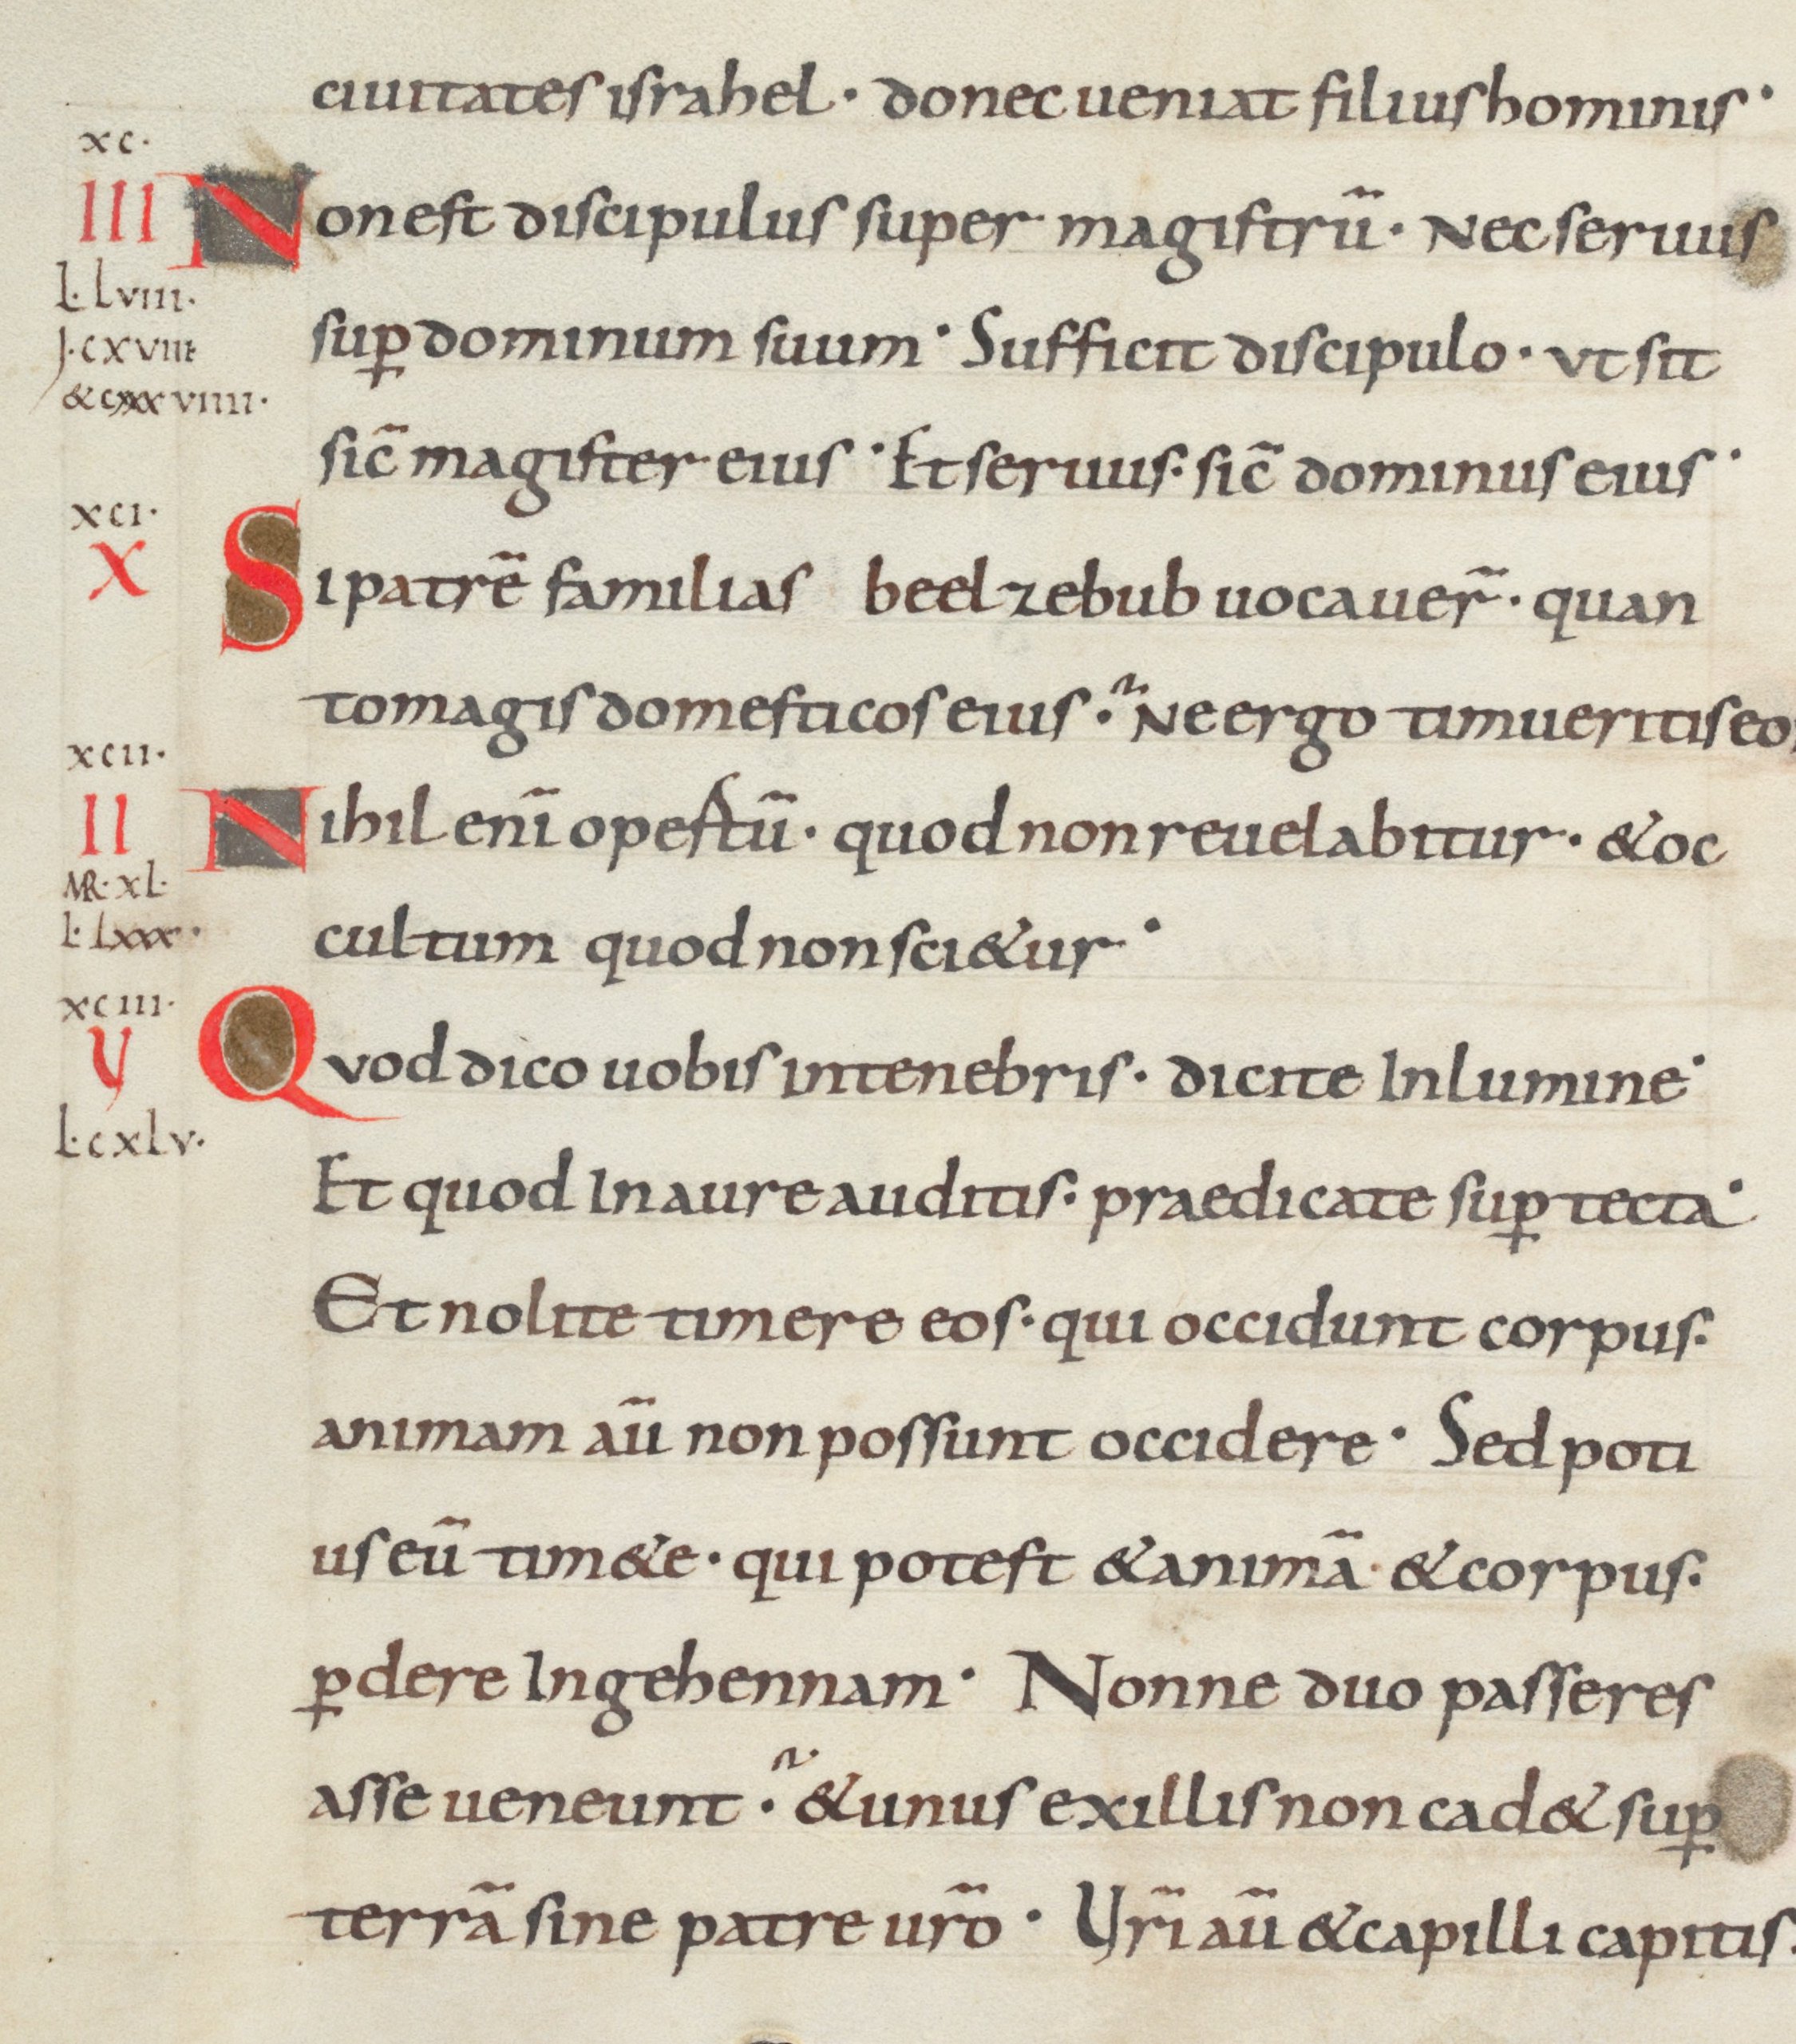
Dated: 875–899